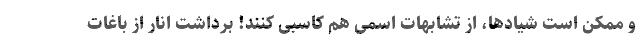
و ممکن است شیادها، از تشابهات اسمی هم کاسبی کنند! برداشت انار از باغات